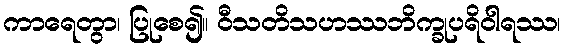
ကာရေတွာ၊ ပြုစေ၍။ ဝီသတိသဟဿဘိက္ခုပရိဝါရဿ၊